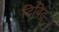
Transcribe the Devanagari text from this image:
टिविट